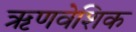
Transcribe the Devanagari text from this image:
ऋणवेशिक